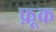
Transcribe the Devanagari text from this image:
फ़ूक